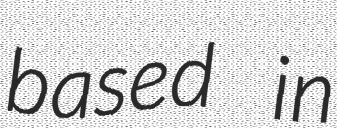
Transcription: based in